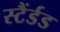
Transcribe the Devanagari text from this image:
स्टैंर्डड